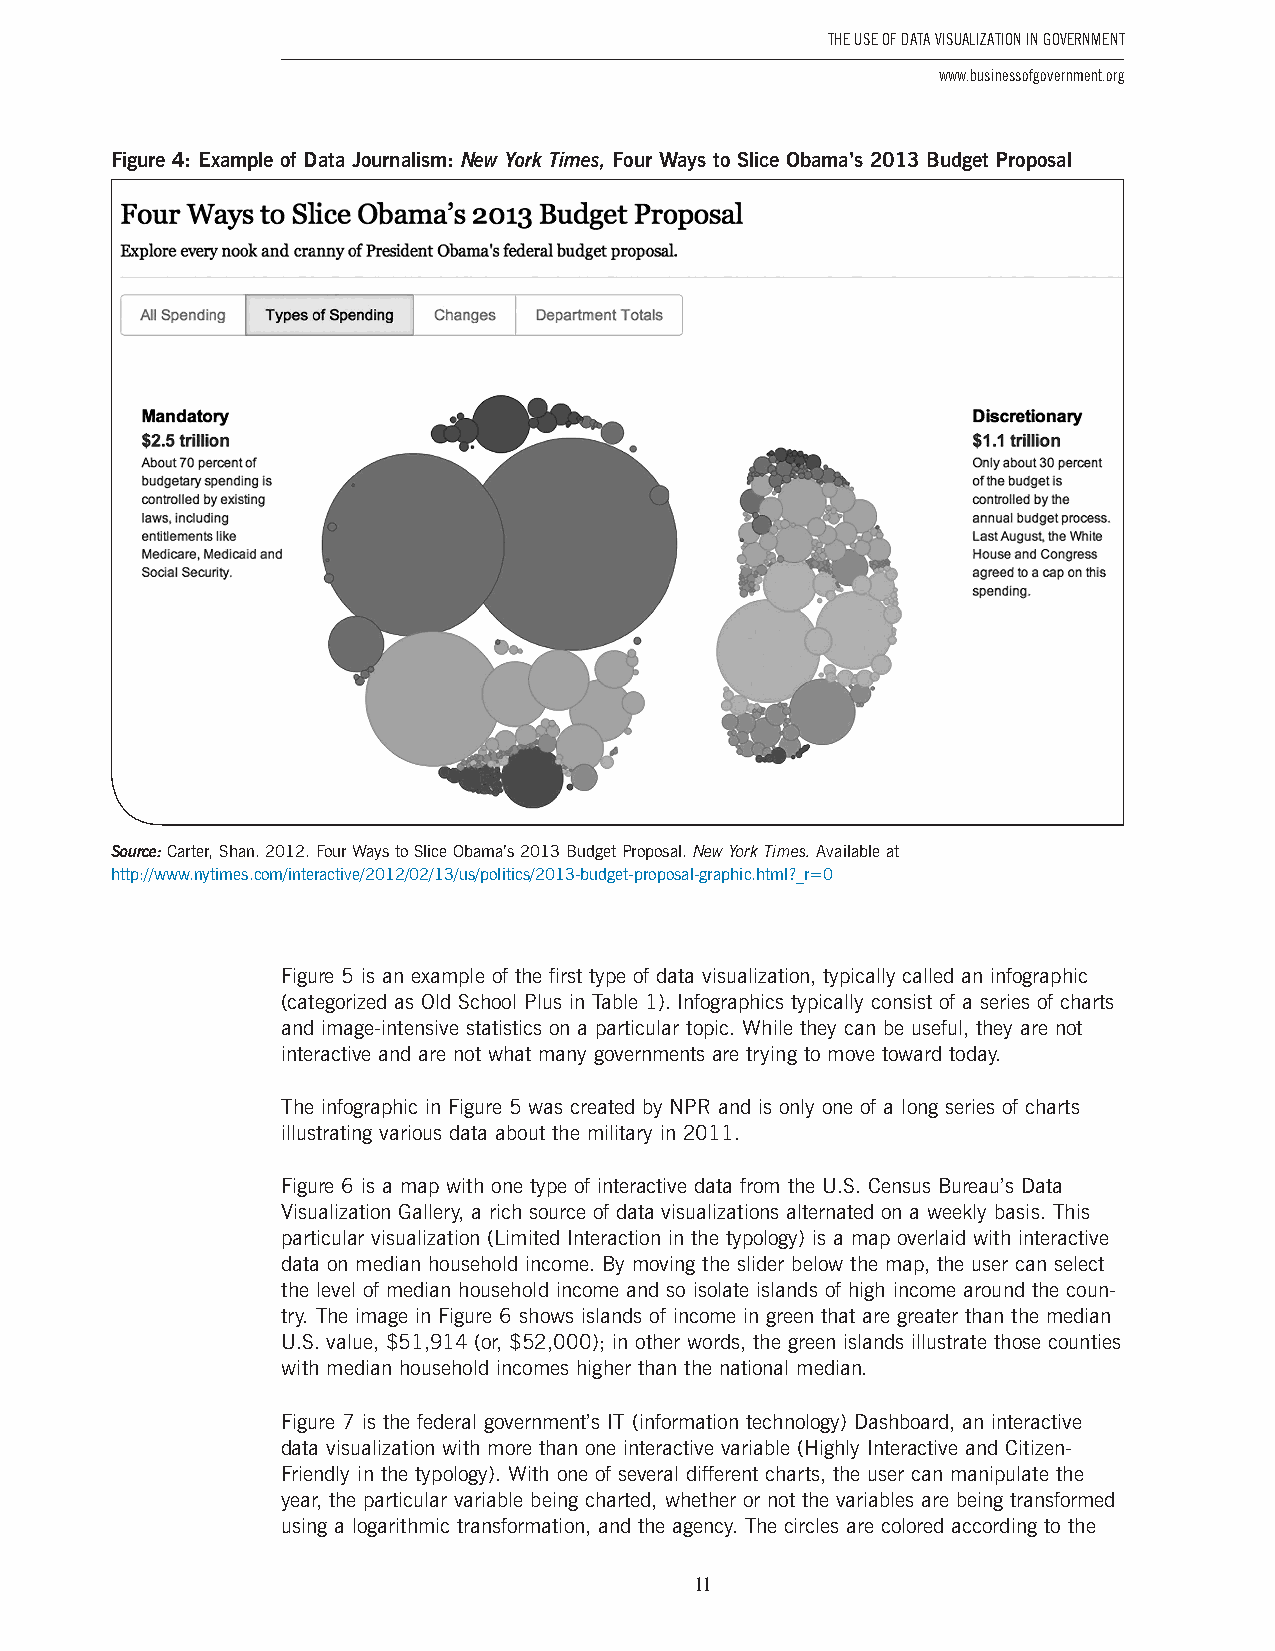
The USe of DaTa ViSUalizaTion in GoVernmenT
 www.businessofgovernment.org
 Figure 4: Example of Data Journalism: New York Times, Four Ways to Slice Obama’s 2013 Budget Proposal
 Source: Carter, Shan . 2012 . Four Ways to Slice Obama’s 2013 Budget Proposal . New York Times. Available at
 http://www .nytimes .com/interactive/2012/02/13/us/politics/2013-budget-proposal-graphic .html?_r=0
 Figure 5 is an example of the first type of data visualization, typically called an infographic
 (categorized as Old School Plus in Table 1) . Infographics typically consist of a series of charts
 and image-intensive statistics on a particular topic . While they can be useful, they are not
 interactive and are not what many governments are trying to move toward today .
 The infographic in Figure 5 was created by NPR and is only one of a long series of charts
 illustrating various data about the military in 2011 .
 Figure 6 is a map with one type of interactive data from the U .S . Census Bureau’s Data
 Visualization Gallery, a rich source of data visualizations alternated on a weekly basis . This
 particular visualization (Limited Interaction in the typology) is a map overlaid with interactive
 data on median household income . By moving the slider below the map, the user can select
 the level of median household income and so isolate islands of high income around the coun-
 try . The image in Figure 6 shows islands of income in green that are greater than the median
 U .S . value, $51,914 (or, $52,000); in other words, the green islands illustrate those counties
 with median household incomes higher than the national median .
 Figure 7 is the federal government’s IT (information technology) Dashboard, an interactive
 data visualization with more than one interactive variable (Highly Interactive and Citizen-
 Friendly in the typology) . With one of several different charts, the user can manipulate the
 year, the particular variable being charted, whether or not the variables are being transformed
 using a logarithmic transformation, and the agency . The circles are colored according to the
 11